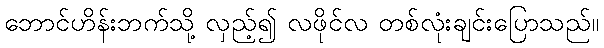
ဘောင်ဟိန်းဘက်သို့ လှည့်၍ လဖိုင်လ တစ်လုံးချင်းပြောသည်။